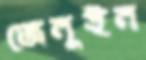
জেনুইন